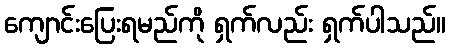
ကျောင်းပြေးရမည်ကို ရှက်လည်း ရှက်ပါသည်။